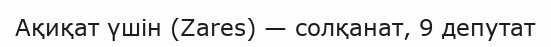
Ақиқат үшін (Zares) — солқанат, 9 депутат